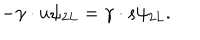
LaTeX: - \gamma \cdot u \psi _ { 2 L } = \gamma \cdot s \psi _ { 2 L } .